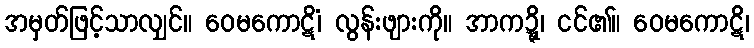
အမှတ်ဖြင့်သာလျှင်။ ဝေမကောဋိံ၊ လွန်းဖျားကို။ အာကဍ္ဍ္ဎိ၊ ငင်၏။ ဝေမကောဋိ၊